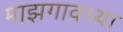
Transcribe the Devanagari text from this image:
माझगावच्या